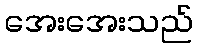
အေးအေးသည်